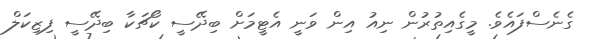
ގެނެސްފައެވެ. މީގެއިތުރުން ނިއު އިން ވަނީ އެޓީމަށް ބިދޭސީ ކޯޗަކާ ބިދޭސީ ފިޒިކަލް